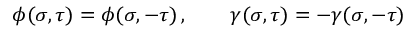
\phi ( \sigma , \tau ) = \phi ( \sigma , - \tau ) \, , \qquad \gamma ( \sigma , \tau ) = - \gamma ( \sigma , - \tau )